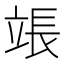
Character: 𬔡